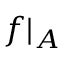
f \vert _ { A }